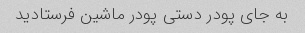
به جای پودر دستی پودر ماشین فرستادید